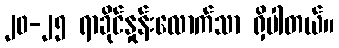
၂၀-၂၅ ရာခိုင်နှုန်းလောက်သာ ရှိပါတယ်။